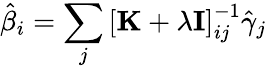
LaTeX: \hat{\beta}_{i}=\sum_{j}\left[\mathbf{K}+\lambda\mathbf{I}\right]_{ij}^{-1}\hat{\gamma}_{j}